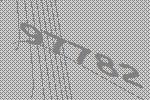
97782